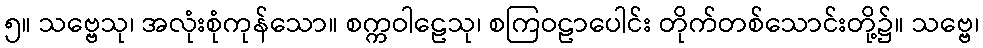
၅။ သဗ္ဗေသု၊ အလုံးစုံကုန်သော။ စက္ကဝါဠေသု၊ စကြဝဠာပေါင်း တိုက်တစ်သောင်းတို့၌။ သဗ္ဗေ၊